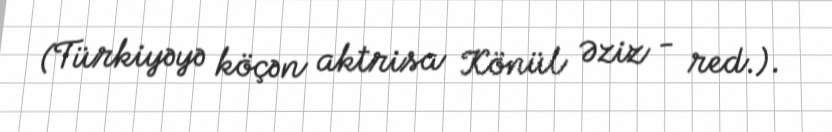
(Türkiyəyə köçən aktrisa Könül Əziz - red.).